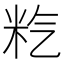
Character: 𥸽